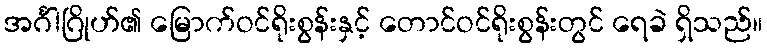
အင်္ဂါဂြိုဟ်၏ မြောက်ဝင်ရိုးစွန်းနှင့် တောင်ဝင်ရိုးစွန်းတွင် ရေခဲ ရှိသည်။